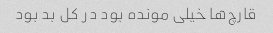
قارچ‌ها خیلی مونده بود در کل بد بود